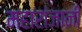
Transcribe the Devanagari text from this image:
महारांजानी